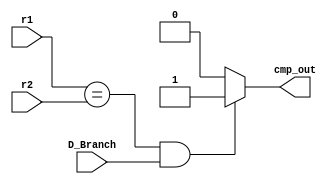
module CMP (
    //input
    input [31:0] r1,
    input [31:0] r2,
    input D_Branch,
    //output
    output cmp_out
);

    assign cmp_out = ((r1 == r2) && D_Branch) ? 1'b1 : 1'b0;

endmodule